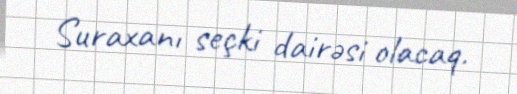
Suraxanı seçki dairəsi olacaq.